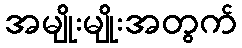
အမျိုးမျိုးအတွက်